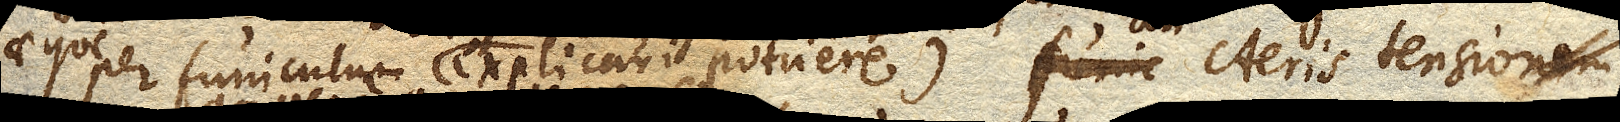
aeque per funiculum (explicari potuere) Aeris tensionem